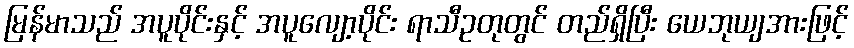
မြန်မာသည် အပူပိုင်းနှင့် အပူလျော့ပိုင်း ရာသီဥတုတွင် တည်ရှိပြီး ယေဘုယျအားဖြင့်